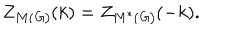
Z _ { M ( \mathit { G ) } } ( k ) = Z _ { M ^ { \ast } ( \mathit { G ) } } ( - k ) .